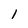
Character: 1